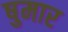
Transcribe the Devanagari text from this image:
षुमार